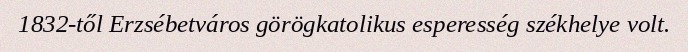
1832-től Erzsébetváros görögkatolikus esperesség székhelye volt.